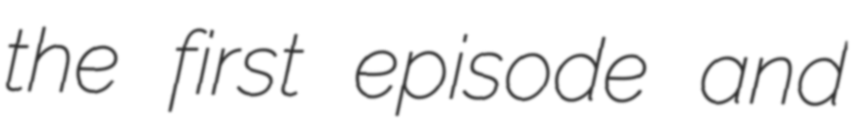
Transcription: the first episode and